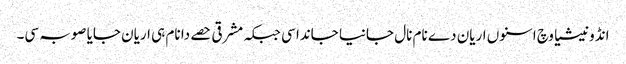
انڈونیشیا وچ اسنوں اریان دے نام نال جانیا جاندا سی جبکہ مشرقی حصے دا نام ہی اریان جایا صوبہ سی۔